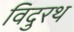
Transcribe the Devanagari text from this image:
विदुरथ